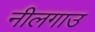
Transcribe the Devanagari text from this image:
नीलगाउ